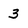
Character: 3